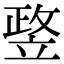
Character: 𥪛